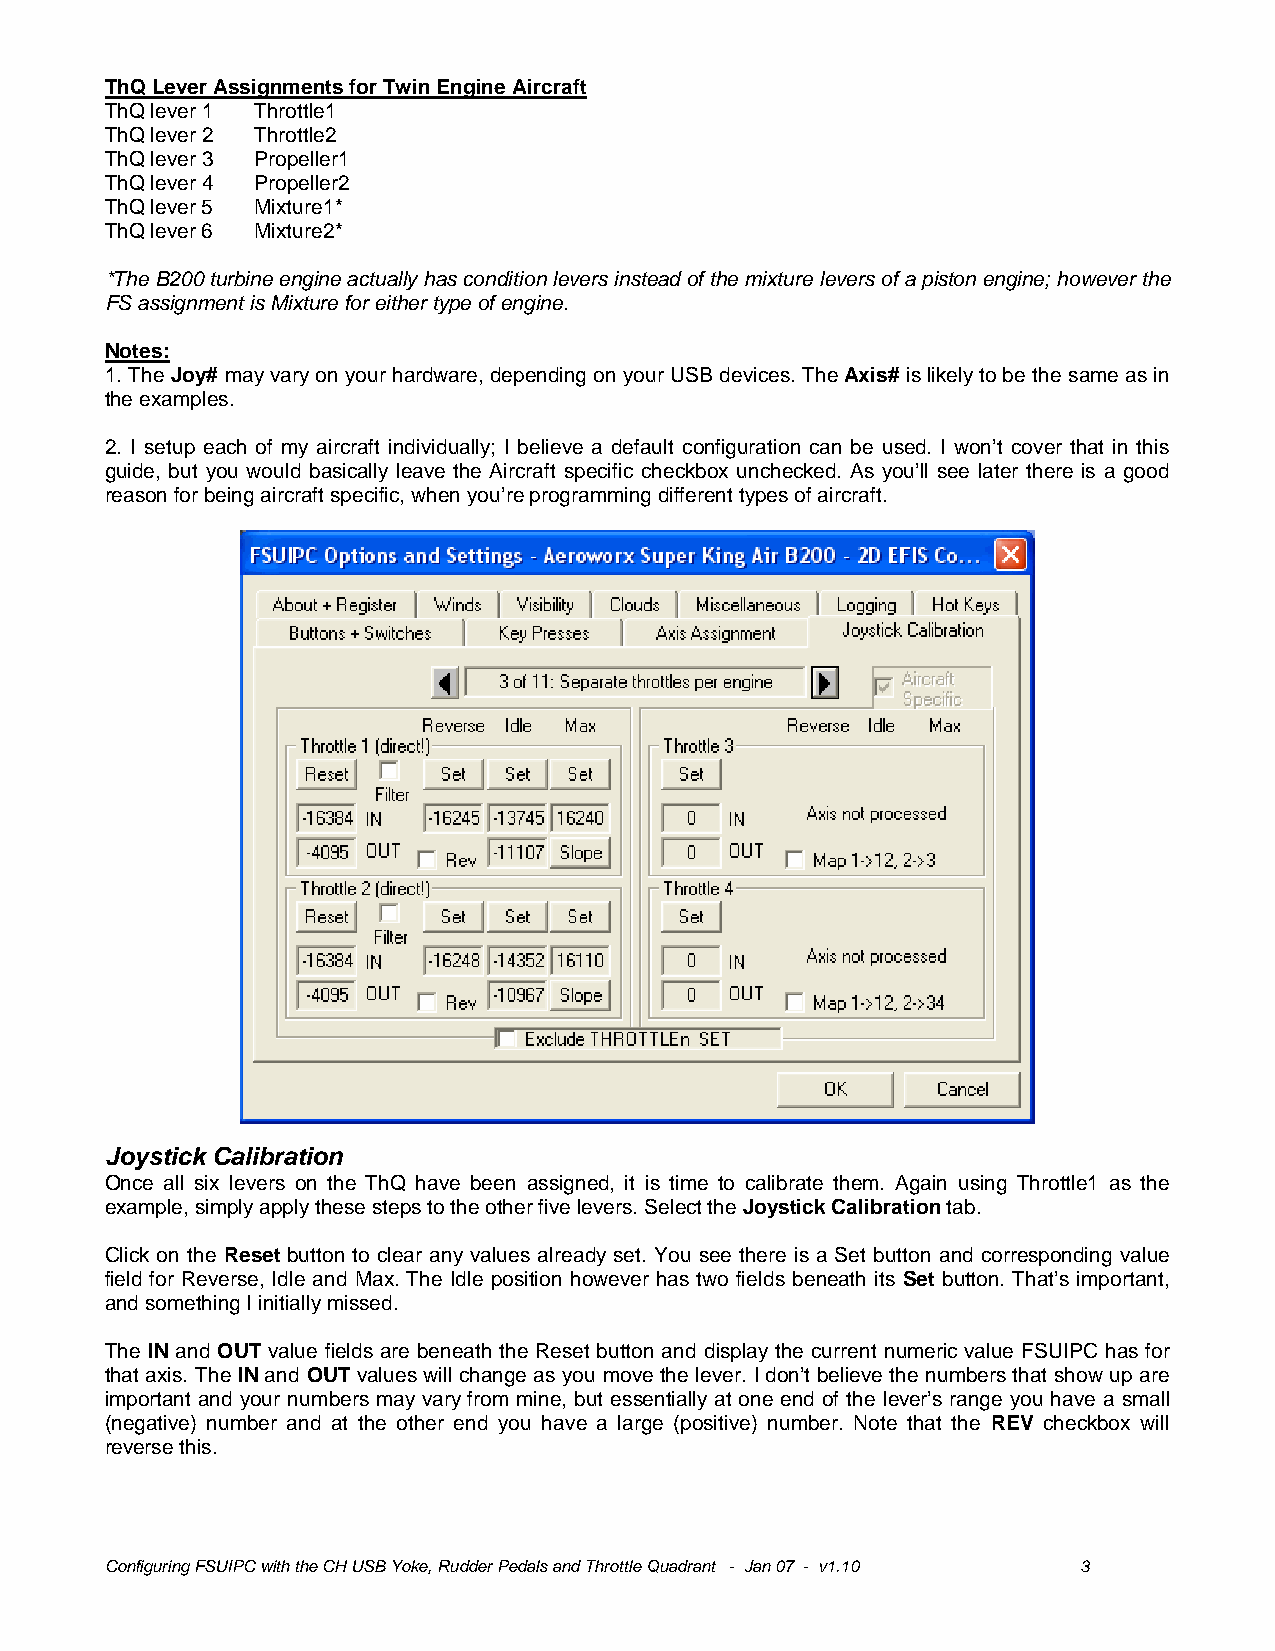
ThQ Lever Assignments for Twin Engine Aircraft
 ThQ lever 1 Throttle1
 ThQ lever 2 Throttle2
 ThQ lever 3 Propeller1
 ThQ lever 4 Propeller2
 ThQ lever 5 Mixture1*
 ThQ lever 6 Mixture2*
 *The B200 turbine engine actually has condition levers instead of the mixture levers of a piston engine; however the
 FS assignment is Mixture for either type of engine.
 Notes:
 1. The Joy# may vary on your hardware, depending on your USB devices. The Axis# is likely to be the same as in
 the examples.
 2. I setup each of my aircraft individually; I believe a default configuration can be used. I won’t cover that in this
 guide, but you would basically leave the Aircraft specific checkbox unchecked. As you’ll see later there is a good
 reason for being aircraft specific, when you’re programming different types of aircraft.
 Joystick Calibration
 Once all six levers on the ThQ have been assigned, it is time to calibrate them. Again using Throttle1 as the
 example, simply apply these steps to the other five levers. Select the Joystick Calibration tab.
 Click on the Reset button to clear any values already set. You see there is a Set button and corresponding value
 field for Reverse, Idle and Max. The Idle position however has two fields beneath its Set button. That’s important,
 and something I initially missed.
 The IN and OUT value fields are beneath the Reset button and display the current numeric value FSUIPC has for
 that axis. The IN and OUT values will change as you move the lever. I don’t believe the numbers that show up are
 important and your numbers may vary from mine, but essentially at one end of the lever’s range you have a small
 (negative) number and at the other end you have a large (positive) number. Note that the REV checkbox will
 reverse this.
 Configuring FSUIPC with the CH USB Yoke, Rudder Pedals and Throttle Quadrant - Jan 07 - v1.10 3